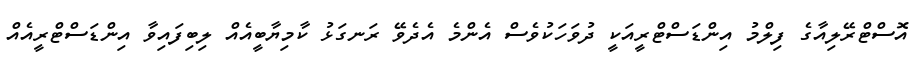
އޮސްޓްރޭލިއާގެ ފިލްމު އިންޑަސްޓްރީއަކީ ދުވަހަކުވެސް އެންމެ އެދެވޭ ރަނގަޅު ކާމިޔާބީއެއް ލިބިފައިވާ އިންޑަސްޓްރީއެއް